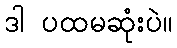
ဒါ ပထမဆုံးပဲ။